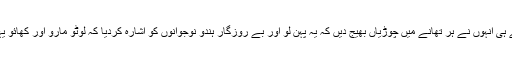
اس کے بعد سے ہی انہوں نے ہر تھانے میں چوڑیاں بھیج دیں کہ یہ پہن لو اور بے روزگار ہندو نوجوانوں کو اشارہ کردیا کہ لوٹو مارو اور کھائو یہی روزگار ہے۔